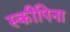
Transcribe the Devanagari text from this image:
स्कीपिना